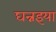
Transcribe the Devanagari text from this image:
घन्नइया